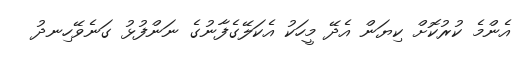
އެންމެ ކުރުކޮށް ކިޔަން އެދޭ މީހަކު އެކަލޭގެފާނުގެ ނަންފުޅު ގަނެވޭހިނދު